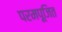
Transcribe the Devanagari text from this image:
परमपूजित